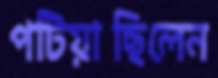
পটিয়াছিলেন